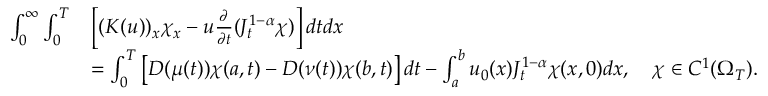
\begin{array} { r l } { \int _ { 0 } ^ { \infty } \int _ { 0 } ^ { T } } & { \left[ ( K ( u ) ) _ { x } \chi _ { x } - u \frac { \partial } { \partial t } ( J _ { t } ^ { 1 - \alpha } \chi ) \right] d t d x } \\ & { = \int _ { 0 } ^ { T } \left[ D ( \mu ( t ) ) \chi ( a , t ) - D ( \nu ( t ) ) \chi ( b , t ) \right] d t - \int _ { a } ^ { b } u _ { 0 } ( x ) J _ { t } ^ { 1 - \alpha } \chi ( x , 0 ) d x , \quad \chi \in C ^ { 1 } ( \Omega _ { T } ) . } \end{array}